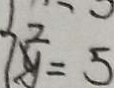
z = 5